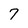
Character: 7